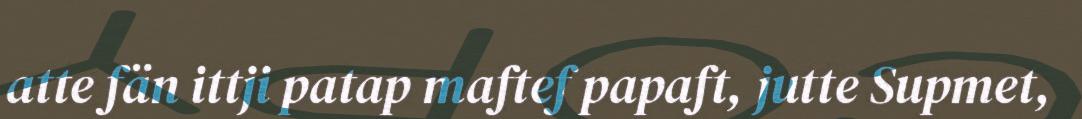
atte fän ittji patap maftef papaft, jutte Supmet,